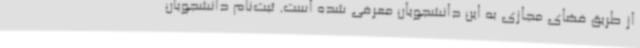
از طریق فضای مجازی به این دانشجویان معرفی شده است. ثبت‌نام دانشجویان